Insane asylums in Bengal annual reports 1867-1875 - 1867-1875
Year: 1867
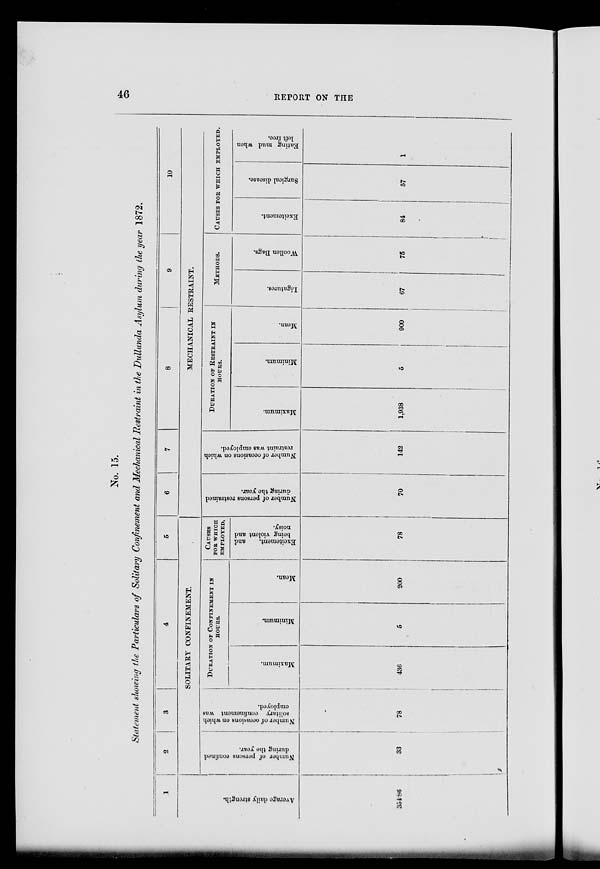
46
REPORT ON THE
No. 15.
Statement showing the Particulars of Solitary Confinement and Mechanical Restraint in the Dullunda Asylum during the year 1872.
1
Average
daily strengh.
354.86
2
3
4
5
SOLITARY CONFINEMENT.
Number of persons confined
during the year.
33
Number of occasions
on which
solitary confinement was
employed.
78
DURATION OF CONFINEMENT IN
HOUES.
Maximum.
436
Minimum.
5
Mean.
200
CAUSES
FOR WHICH
EMPLOYED.
Excitement,
and
being violent and
noisy.
78
6
7
8
9
10
MECHANICAL RESTRAINT.
Number of persons restrained
during the year.
70
Number of occasions on which
restraint was employed.
142
DURATION OF RESTRAINT IN
HOURS.
Maximum.
1,938
Minimum.
5
Mean.
900
METHODS.
Ligatures.
67
Woollen Bags.
75
CAUSES FOR WHICH
EMPLOYED.
Excitement.
84
Surgical disease.
57
Eating mud when
left free.
1